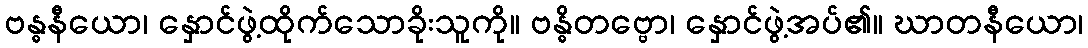
ဗန္ဓနီယော၊ နှောင်ဖွဲ့ထိုက်သောခိုးသူကို။ ဗန္ဓိတဗ္ဗော၊ နှောင်ဖွဲ့အပ်၏။ ဃာတနီယော၊